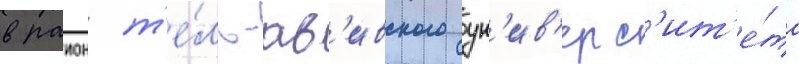
в раион т'е́ль-ав'ивского ун'ив'ерс'ит'е́та